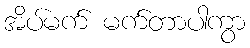
အိပ်မက် မက်တာပါကွာ